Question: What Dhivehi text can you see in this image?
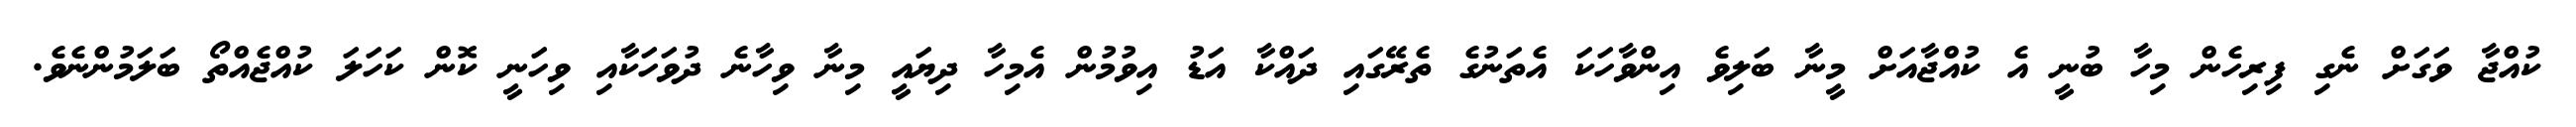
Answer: ކުއްޖާ ވަގަށް ނެގި ފިރިހެން މިހާ ބުނީ އެ ކުއްޖާއަށް މީނާ ބަލިވެ އިންވާހަކަ އެތަނުގެ ތެރޭގައި ދައްކާ އަޑު އިވުމުން އެމިހާ ދިޔައީ މިނާ ވިހާނެ ދުވަހަކާއި ވިހަނީ ކޮން ކަހަލަ ކުއްޖެއްތޯ ބަލަމުންނެވެ.